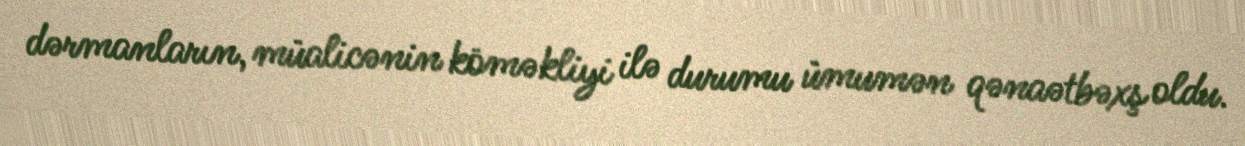
dərmanların, müalicənin köməkliyi ilə durumu ümumən qənaətbəxş oldu.